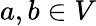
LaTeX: a,b\in V